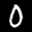
Label: 0